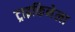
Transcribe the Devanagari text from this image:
ट्राइकिनेला